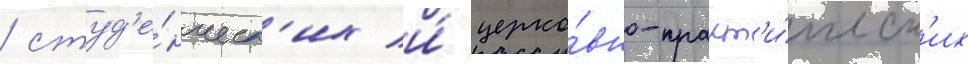
/ студ'е́нческ'их и́ церко́вно-практ'и́ческ'их